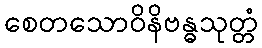
စေတသောဝိနိဗန္ဓသုတ္တံ